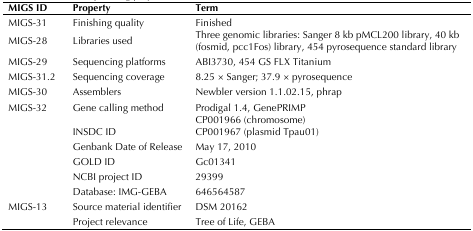
<table><thead><tr><td><b>MIGS ID</b></td><td><b>Property</b></td><td><b>Term</b></td></tr></thead><tbody><tr><td>MIGS-31</td><td>Finishing quality</td><td>Finished</td></tr><tr><td>MIGS-28</td><td>Libraries used</td><td>Three genomic libraries: Sanger 8 kb pMCL200 library,40 kb (fosmid, pcc1Fos) library, 454 pyrosequence standard library</td></tr><tr><td>MIGS-29</td><td>Sequencing platforms</td><td>ABI3730, 454 GS FLX Titanium</td></tr><tr><td>MIGS-31.2</td><td>Sequencing coverage</td><td>8.25 × Sanger; 37.9 × pyrosequence</td></tr><tr><td>MIGS-30</td><td>Assemblers</td><td>Newbler version 1.1.02.15, phrap</td></tr><tr><td>MIGS-32</td><td>Gene calling method</td><td>Prodigal 1.4, GenePRIMP</td></tr><tr><td></td><td>INSDC ID</td><td>CP001966 (chromosome)CP001967 (plasmid Tpau01)</td></tr><tr><td></td><td>Genbank Date of Release</td><td>May 17, 2010</td></tr><tr><td></td><td>GOLD ID</td><td>Gc01341</td></tr><tr><td></td><td>NCBI project ID</td><td>29399</td></tr><tr><td></td><td>Database: IMG-GEBA</td><td>646564587</td></tr><tr><td>MIGS-13</td><td>Source material identifier</td><td>DSM 20162</td></tr><tr><td></td><td>Project relevance</td><td>Tree of Life, GEBA</td></tr></tbody></table>